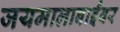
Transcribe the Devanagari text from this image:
जयमालाबाईंवर